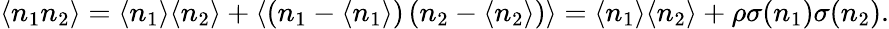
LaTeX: \langle n_{1}n_{2}\rangle=\langle n_{1}\rangle\langle n_{2}\rangle+\langle\left(n_{1}-\langle n_{1}\rangle\right)\left(n_{2}-\langle n_{2}\rangle\right)\rangle=\langle n_{1}\rangle\langle n_{2}\rangle+\rho\sigma(n_{1})\sigma(n_{2}).